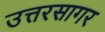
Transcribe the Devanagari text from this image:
उत्तरसागर